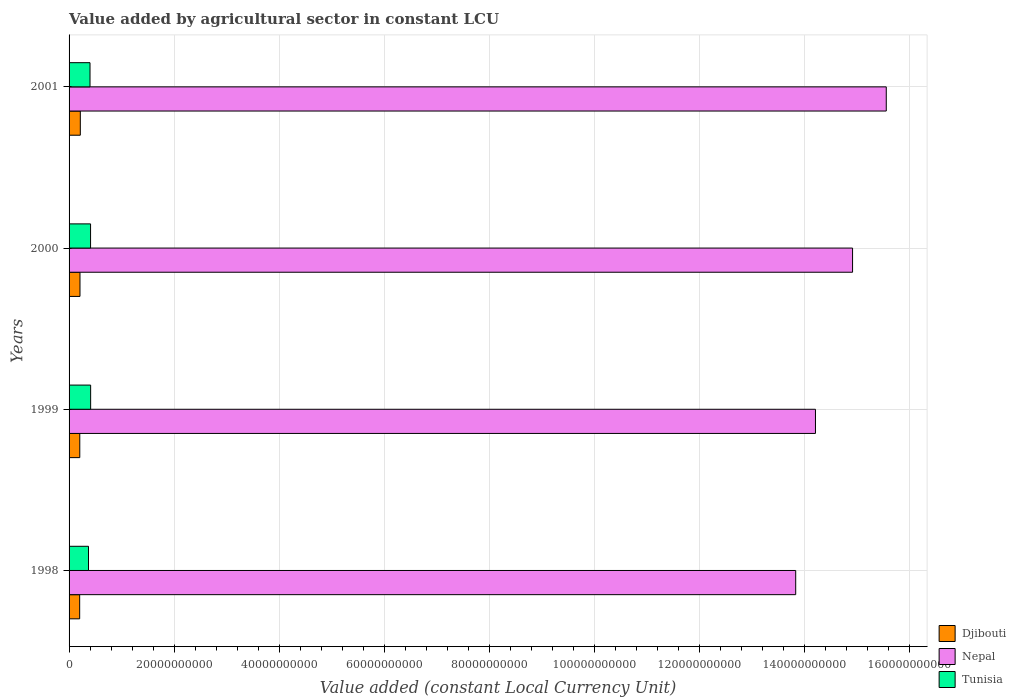
| Years | Djibouti | Nepal | Tunisia |
 | --- | --- | --- | --- |
 | 1998 | 2.02e+09 | 1.38e+11 | 3.7e+09 |
 | 1999 | 2.04e+09 | 1.42e+11 | 4.11e+09 |
 | 2000 | 2.08e+09 | 1.49e+11 | 4.09e+09 |
 | 2001 | 2.14e+09 | 1.56e+11 | 3.99e+09 |